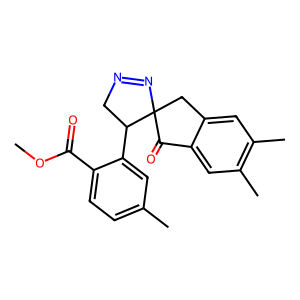
SMILES: COC(=O)c1ccc(C)cc1C1CN=NC12Cc1cc(C)c(C)cc1C2=O
Inhibits HIV replication: No